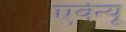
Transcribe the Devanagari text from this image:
एवेन्‍यू